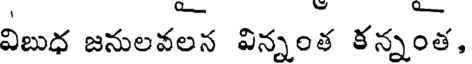
విబుధ జనులవలన విన్నంత కన్నంత,